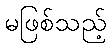
မဖြစ်သည့်